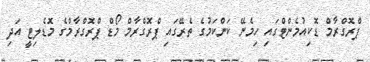
ޕްރޮގްރާމް ޑޮކިއުމެންޓްގައި ހިމެނޭ ކަންކަމުގެ ތެރޭގައި ޕްރޮގްރާމް މޯޑް ޕްރޮގްރާމްގެ މޮޑެލިޓީ އަދި